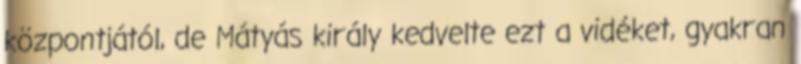
központjától, de Mátyás király kedvelte ezt a vidéket, gyakran